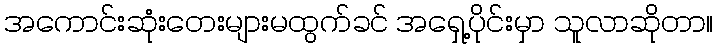
အကောင်းဆုံးတေးများမထွက်ခင် အရှေ့ပိုင်းမှာ သူလာဆိုတာ။